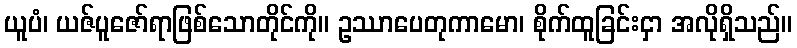
ယူပံ၊ ယဇ်ပူဇော်ရာဖြစ်သောတိုင်ကို။ ဥဿာပေတုကာမော၊ စိုက်ထူခြင်းငှာ အလိုရှိသည်။